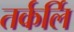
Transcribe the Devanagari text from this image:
तर्कर्लि